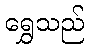
ရွှေသည်